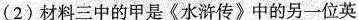
(2)材料三中的甲是《水浒传》中的另一位英